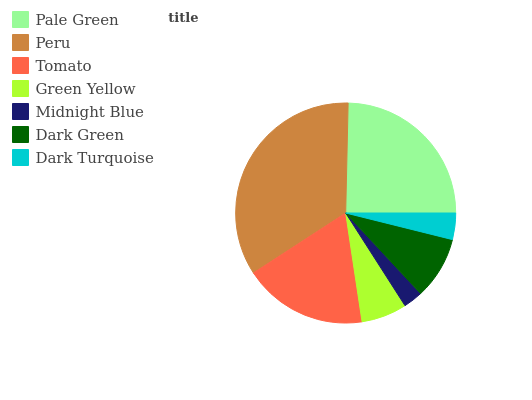
| Pale Green | Peru | Tomato | Green Yellow | Midnight Blue | Dark Green | Dark Turquoise |
 | --- | --- | --- | --- | --- | --- | --- |
 | 24.7% | 34.5% | 18.1% | 6.69% | 2.87% | 9.2% | 3.88% |